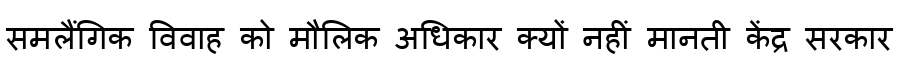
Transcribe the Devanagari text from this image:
समलैंगिक विवाह को मौलिक अधिकार क्यों नहीं मानती केंद्र सरकार